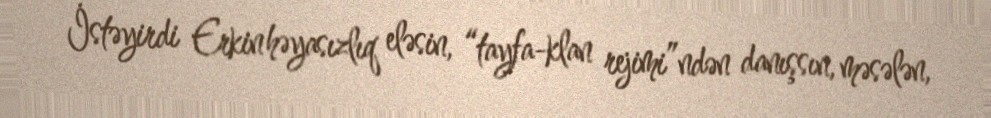
İstəyirdi Erkin həyasızlıq eləsin, “tayfa-klan rejimi”ndən danışsın, məsələn,